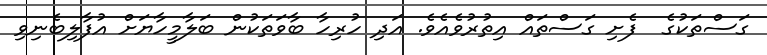
ގަސްތަކުގެ  ފެށި ގަސްތައް އިތުރުވެއެވެ. އަދި ހުރިހާ ބާވަތަކުން ބަލާމީހާޔަށް އުފާލިބެނިވި